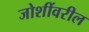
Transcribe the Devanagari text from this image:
जोशींवरील